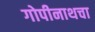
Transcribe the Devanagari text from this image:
गोपीनाथचा